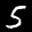
Label: 5